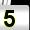
Digit: 5